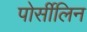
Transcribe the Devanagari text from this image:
पोर्सीलिन